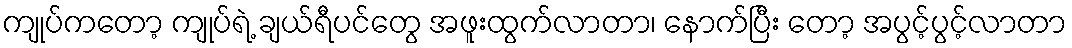
ကျုပ်ကတော့ ကျုပ်ရဲ့ ချယ်ရီပင်တွေ အဖူးထွက်လာတာ၊ နောက်ပြီး တော့ အပွင့်ပွင့်လာတာ